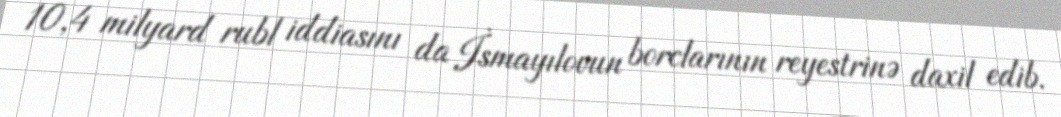
10,4 milyard rubl iddiasını da İsmayılovun borclarının reyestrinə daxil edib.